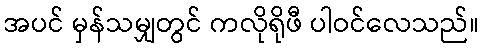
အပင် မှန်သမျှတွင် ကလိုရိုဖီ ပါဝင်လေသည်။